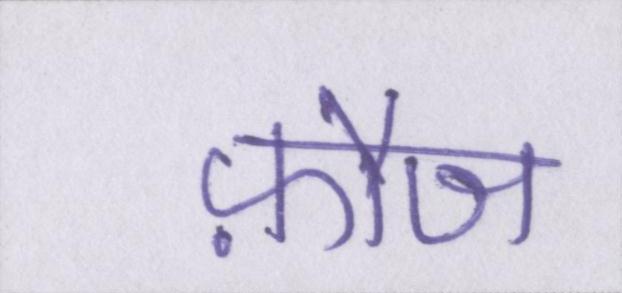
फ़ौज